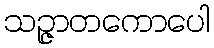
သဉ္ဇာတကောပေါ